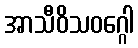
အာသီဝိသဝဂ္ဂေါ